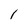
Character: l